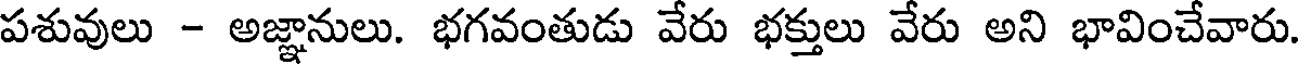
పశువులు - అజ్ఞానులు. భగవంతుడు వేరు భక్తులు వేరు అని భావించేవారు.